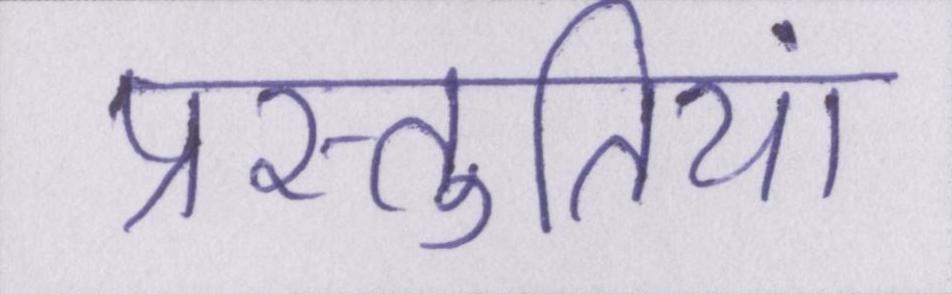
प्रस्तुतियां